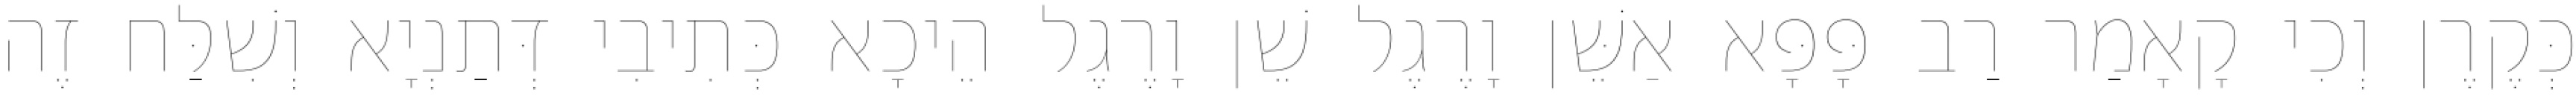
כְּקֶרֶן וְכִי קָאָמַר רַב פָּפָּא אַשֵּׁן וָרֶגֶל שֵׁן וָרֶגֶל הֵיכָא כְּתִיבִי דְּתַנְיָא וְשִׁלַּח זֶה